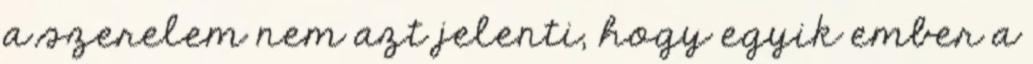
a szerelem nem azt jelenti, hogy egyik ember a